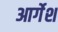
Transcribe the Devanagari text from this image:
आर्गेश